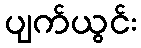
ပျက်ယွင်း